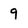
Character: 9